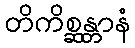
တိကိစ္ဆန္တာနံ